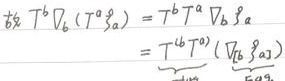
故\(T^b\nabla_6(T^a\mathfrak{g}_a)=T^bT^a\nabla_b\mathfrak{g}_a=\underbrace{T^bT^a}_{F_{ab}}\underbrace{(\nabla_b\mathfrak{g}_a)}_{E_{ab}}\)